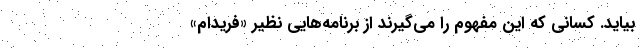
بیاید. کسانی که این مفهوم را می‌گیرند از برنامه‌هایی نظیر «فریدام»